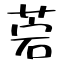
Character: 菪